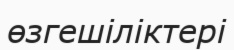
өзгешіліктері